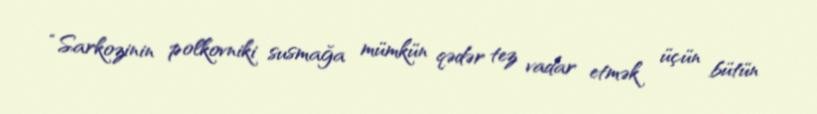
“Sarkozinin polkovniki susmağa mümkün qədər tez vadar etmək üçün bütün